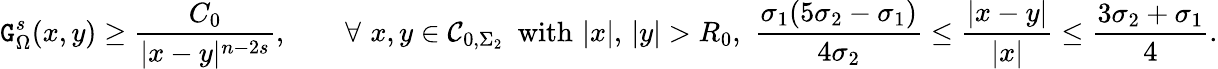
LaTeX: \mathtt{G}_{\Omega}^{s}(x,y)\geq\frac{{C_{0}}}{{|x-y|^{n-2s}}},\qquad\forall\, \, x,y\in\mathcal{{C}}_{0,\Sigma_{2}}\, \, \, \mathrm{{with}}\, \, |x|,\, |y|>R_{0},\, \, \frac{{\sigma_{1}(5\sigma_{2}-\sigma_{1})}}{{4\sigma_{2}}}\leq\frac{{|x-y|}}{{|x|}}\leq\frac{{3\sigma_{2}+\sigma_{1}}}{{4}}.